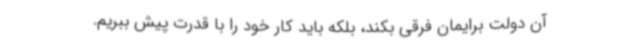
آن دولت برایمان فرقی بکند، بلکه باید کار خود را با قدرت پیش ببریم.